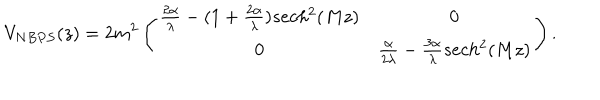
LaTeX: V _ { N B P S } ( z ) = 2 m ^ { 2 } \left( \begin{array} { c c } { { \frac { 2 \alpha } { \lambda } - ( 1 + \frac { 2 \alpha } { \lambda } ) s e c h ^ { 2 } ( M z ) } } & { { 0 } } \\ { { 0 } } & { { \frac { \alpha } { 2 \lambda } - \frac { 3 \alpha } { \lambda } s e c h ^ { 2 } ( M z ) } } \\ \end{array} \right) .